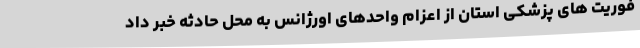
فوریت های پزشکی استان از اعزام واحدهای اورژانس به محل حادثه خبر داد